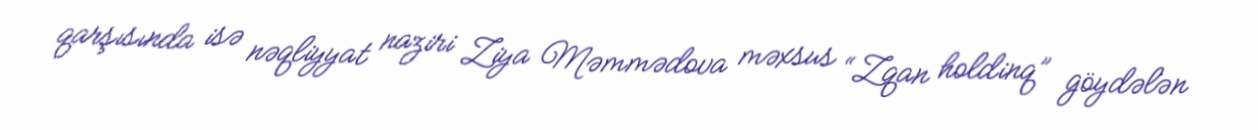
qarşısında isə nəqliyyat naziri Ziya Məmmədova məxsus “Zqan holdinq” göydələn